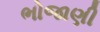
ભોજાણી